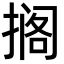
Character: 搁